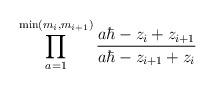
LaTeX: \begin{align*}\prod_{a=1}^{\min(m_i,m_{i+1})} \frac{a\hbar - z_i + z_{i+1}}{a\hbar - z_{i+1} + z_{i}}\end{align*}